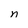
Character: n